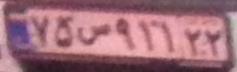
۷۵س۹۱۱۲۲